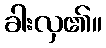
ခါးလှ၏။